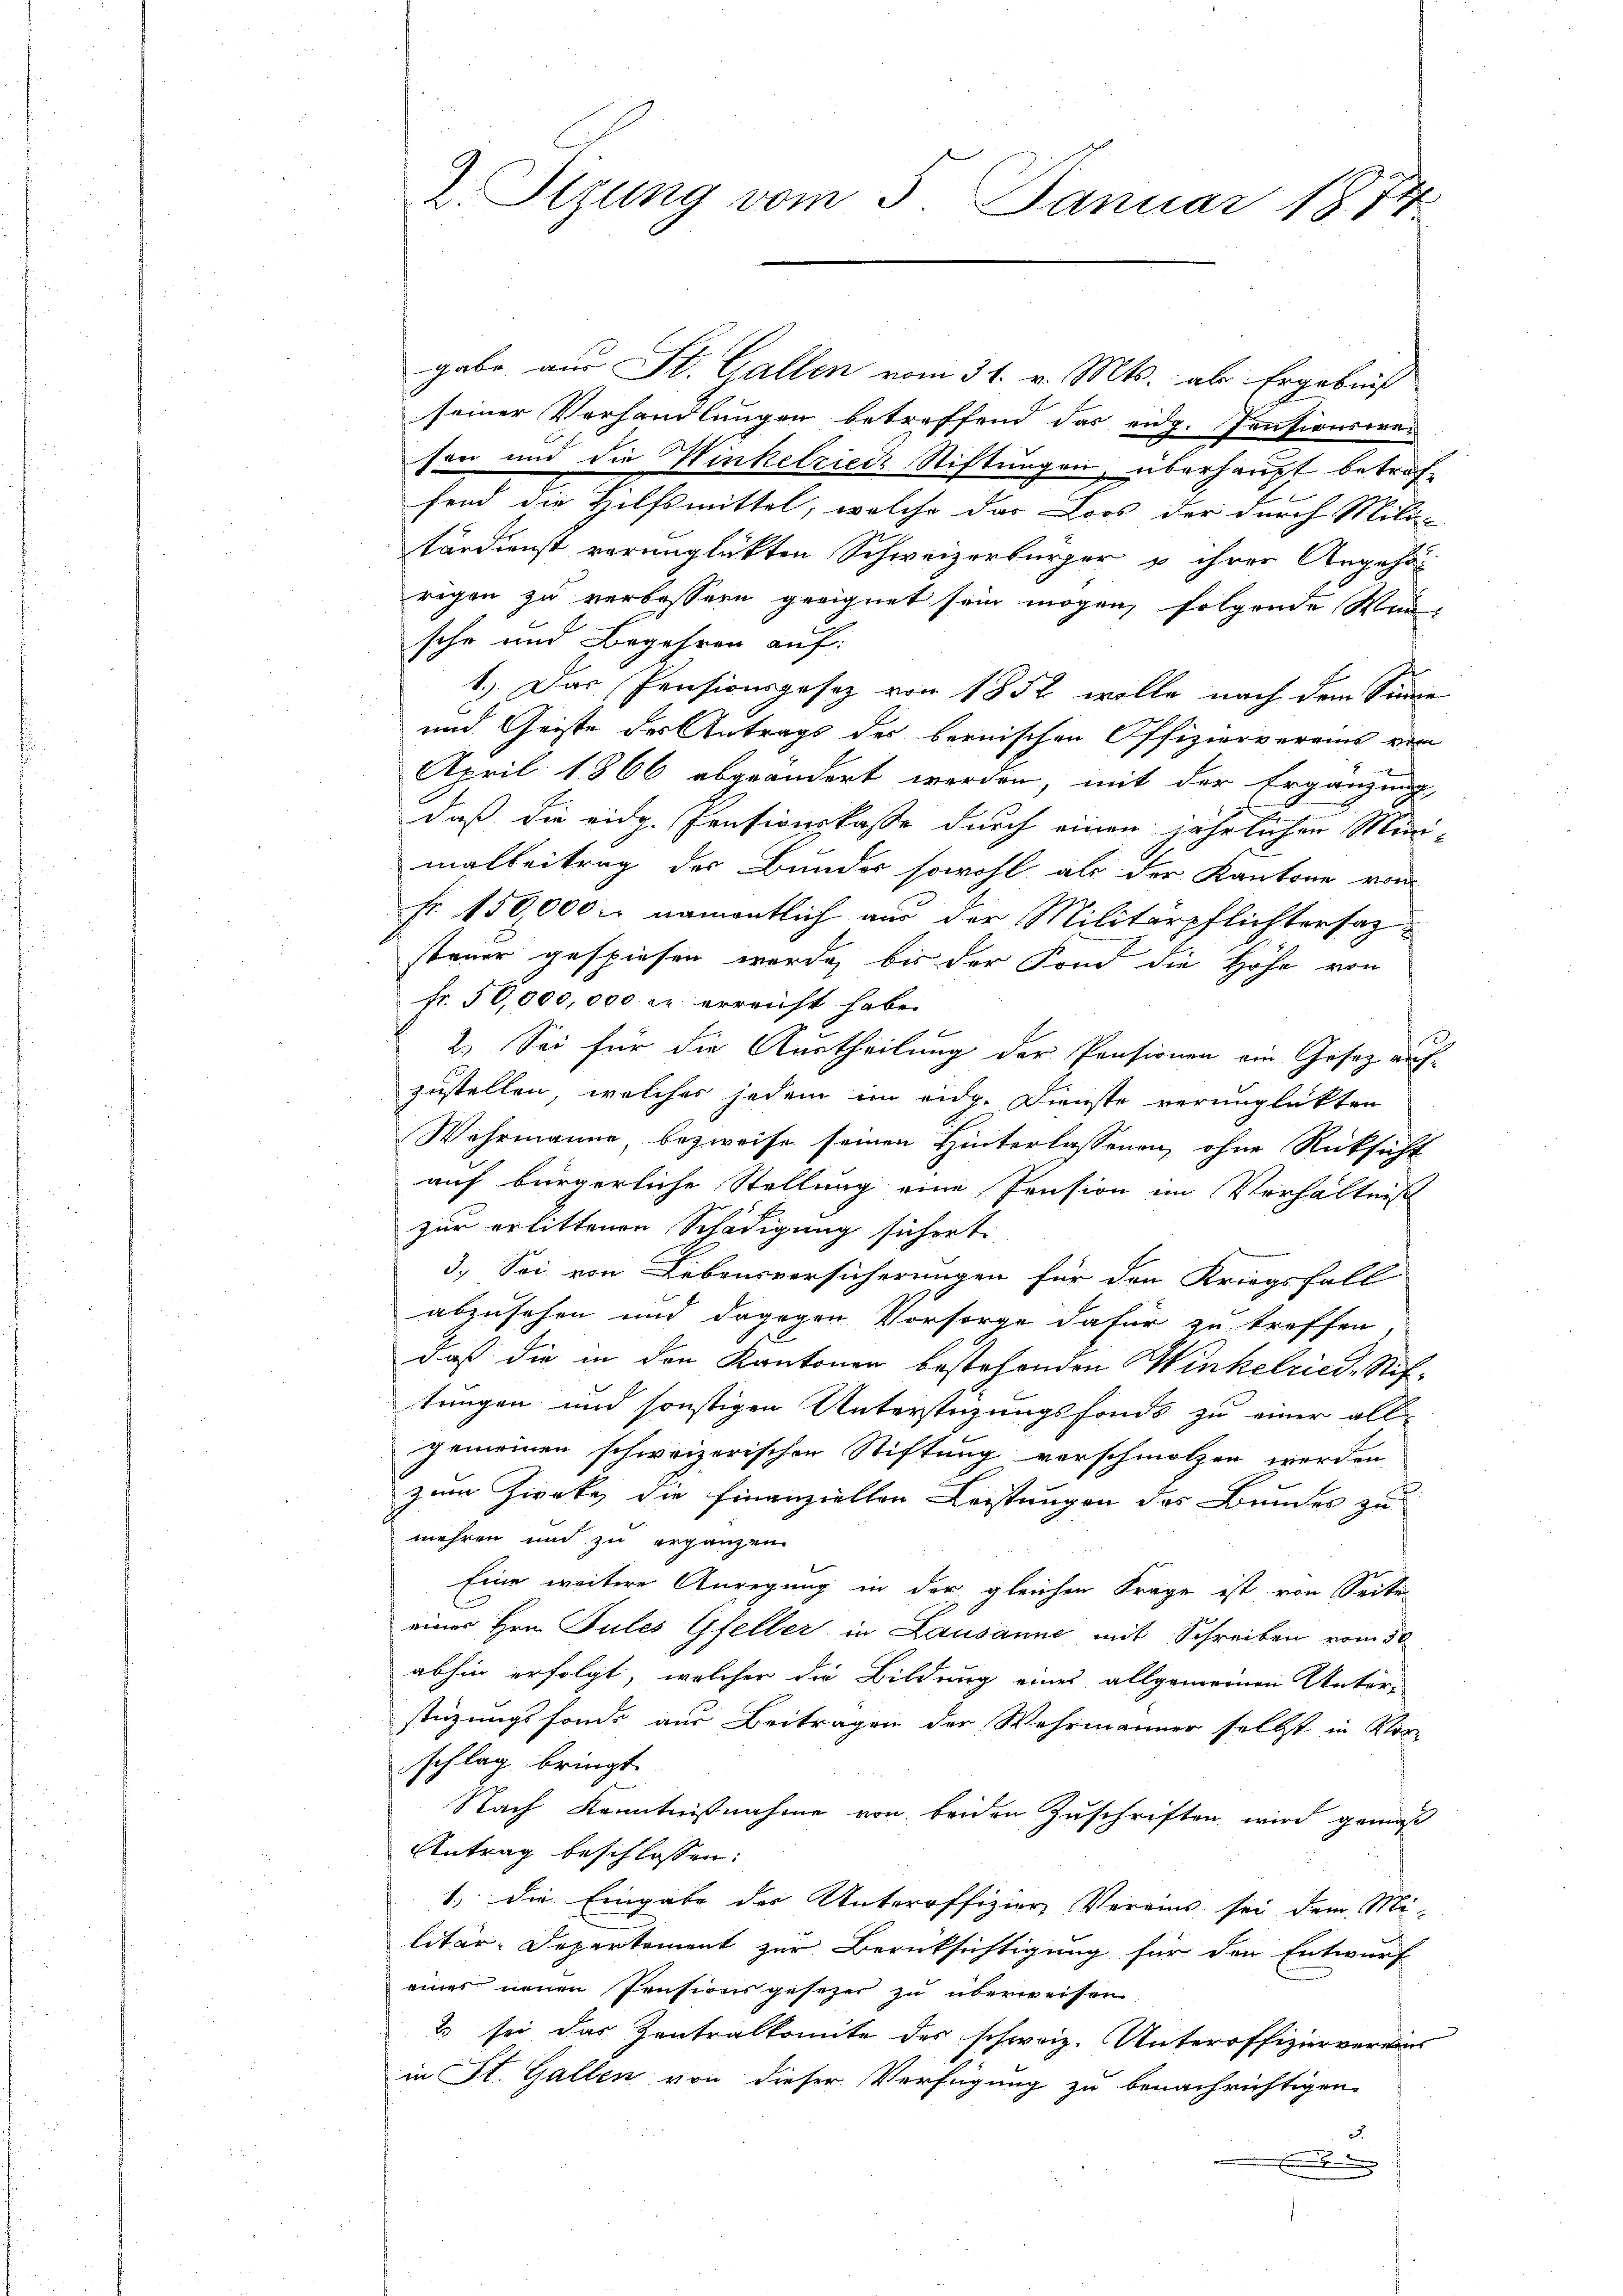
gabe aus St. Gallen vom 31. v. Mts. als Ergebniß
seiner Verhandlungen betreffend das eidg. Pensionsoreson und die Winkelriede Stiftungen, überhaupt betreffend die Hilfsmittel, welche der Lors der durch Mili-
tärdienst verunglückten Schweizerbürger u ihrer Angehör
rigen zu verbessern geeignet sein mögen, folgende Weische und Begehren auf:
1.) Das Pensionsgesetz von 1852 wolle nach dem Sinne
und Geiste der Antrags des bernischen Offizierverains vom
April 1866 abgeändert werden, mit der Ergänzung,
daß die eidg. Pensionskasse durch einen jährlichen Mini-
malbeitrag der Bundes sowohl als der Kantone vom
Fr. 150,000 u. namentlich aus der Militärpflichtersatzsteuer gespiesen werde, bis der Fond die Höhe von
fr. 50,000,000 er erreicht habe.
2.) Sei für die Austheilung der Pensionen ein Gesetz auch-
zustellen, welches jedem im eidg. Dienste verunglückten
Wehrmanne, bezweife seinen Hinterlassenen, ohne Rücksicht
auf bürgerliche Stellung eine Pension im Verhältniss
zur erlittenen Schädigung sichert.
3.) Sei von Lebensversicherungen für den Kriegsfall
abzusehen und dagegen Vorsorge dafür zu treffen,
daß die in den Kantonen bestehenden Winkelried, Stif-
tungen und sonstigen Unterstüzungsfonds zu einer all-
gemeinen schweizerischen Stiftung verschmolzen werden,
zum Zwecke die Finanziellen Leistungen des Bundes zu
mehren und zu ergänzen.
Eine weitere Anregung in der gleichen Frage ist von Seite
einer Hrn. Tules Gfeller in Lausanne mit Schreiben vom 30
abhin erfolgt, welcher die Bildung eines allgemeinen Unter-
stüzungsfonde aus Beitragen der Wehrmänner selbst in Vor-
schlag bringt.
Nach Kenntnisnahme von beiden Zuschriften wird gemäß
Antrag beschlossen:
1. die Eingabe der Unteroffizien Vereins sei dem Mi-
litär-Departement zur Berücksichtigung für den Entwurf
eines neuen Pensionsgesezer zu überweisen
2 sei das Zentralkomite des schweiz. Unteroffizier vereins
in St. Gallen von dieser Verfügung zu benachrichtigen,
J.
.

2. Stzung vom 5. Januar 1874